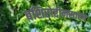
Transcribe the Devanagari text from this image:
बशिरोद्दीनसाहब